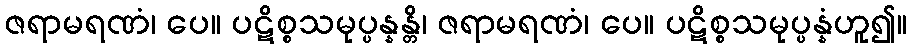
ဇရာမရဏံ၊ ပေ။ ပဋိစ္စသမုပ္ပန္နန္တိ၊ ဇရာမရဏံ၊ ပေ။ ပဋိစ္စသမုပ္ပန္နံဟူ၍။